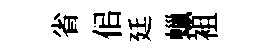
省佀廷蠟袓